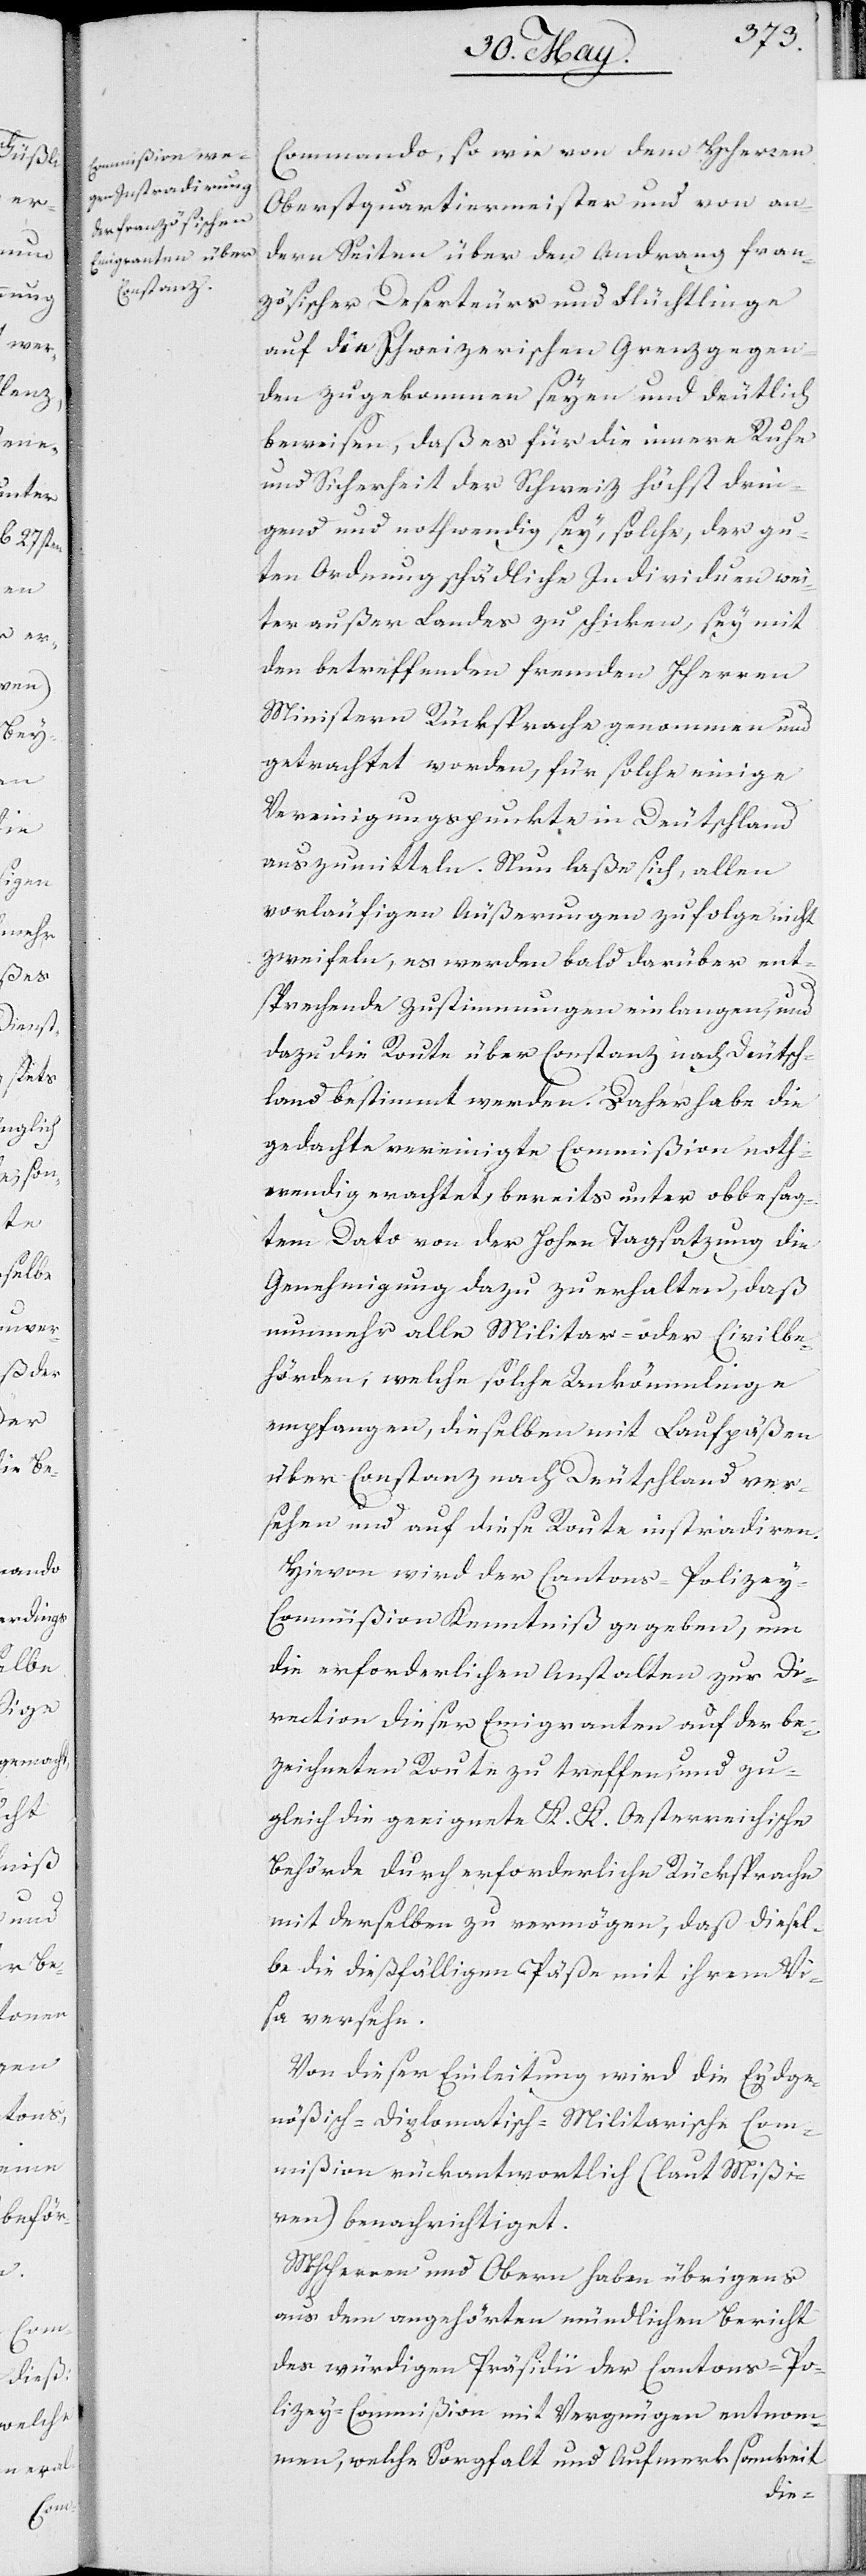
Commando, so wie von dem HHerren
Oberstquartiermeister und von an¬
dern Seiten über den Andrang fran¬
zösischer Deserteurs und Flüchtlinge
auf die Schweizerischen Grenzgegen¬
den zugekommen seyen und deutlich
beweisen, daß es für die innere Ruhe
und Sicherheit der Schweiz höchst drin¬
gend und nothwendig sey, solche, der gu¬
ten Ordnung schädliche Individuen wei¬
ter außer Landes zu schicken, sey mit
den betreffenden fremden HHerren
Ministern Rücksprache genommen und
getrachtet worden, für solche einige
Vereinigungspunkte in Deutschland
auszumitteln. Nun laße sich, allen
vorläufigen Äußerungen zufolge nicht
zweifeln, es werden bald darüber ent¬
sprechende Zustimmungen einlangen, und
dazu die Route über Constanz nach Deutsch¬
land bestimmt werden. Daher habe die
gedachte vereinigte Commißion noth¬
wendig erachtet, bereits unter obbesag¬
tem Dato von der Hohen Tagsatzung die
Genehmigung dazu zu erhalten, daß
nunmehr alle Militar- oder Civilbe¬
hörden, welche solche Ankömmlinge
empfangen, dieselben mit Laufpäßen
über Constanz nach Deutschland ver¬
sehen und auf diese Route instradiren.
Hievon wird der Cantons-Polizey-C¬
ommißion Kenntniß gegeben, um
die erforderlichen Anstalten zur Di¬
rection dieser Emigranten auf der be¬
zeichneten Route zu treffen, und zu¬
gleich die geeignete K. K. Oesterreichische
Behörde durch erforderliche Rücksprache
mit derselben zu vermögen, daß diesel¬
be die dießfälligen Päße mit ihrem Vi¬
sa versehe.
Von dieser Einleitung wird die Eydge¬
nößisch-Diplomatisch-Militarische Com¬
mißion rückantwortlich (laut Mißi¬
ven) benachrichtiget.
MHHerren und Obern haben übrigens
aus dem angehörten mündlichen Bericht
des würdigen Präsidii der Cantons-Po¬
lizey-Commißion mit Vergnügen entnom¬
ksamkeit
men, welche Sorgfalt und Aufmer¬